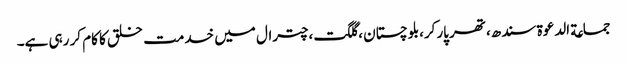
جماعة الدعوة سندھ،تھر پارکر،بلوچستان ،گلگت،چترال میں خدمت خلق کا کام کر رہی ہے۔